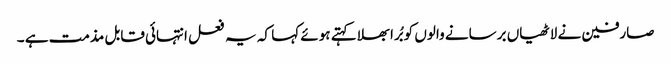
صارفین نے لاٹھیاں برسانے والوں کو بُرا بھلا کہتے ہوئے کہا کہ یہ فعل انتہائی قابل مذمت ہے ۔